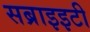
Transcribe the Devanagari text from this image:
सब्राइइटी